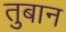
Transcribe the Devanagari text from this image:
तुबान